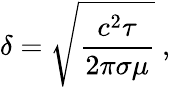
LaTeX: \delta=\sqrt{\frac{c^{2}\tau}{2\pi\sigma\mu}}~,